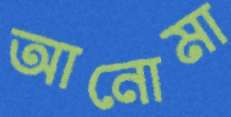
আনোমা